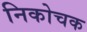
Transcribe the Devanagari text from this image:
निकोचक